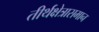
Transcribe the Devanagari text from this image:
तीर्थक्षेत्रासमान